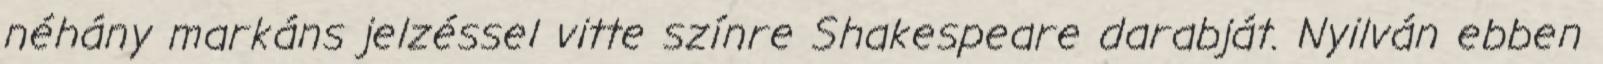
néhány markáns jelzéssel vitte színre Shakespeare darabját. Nyilván ebben